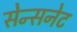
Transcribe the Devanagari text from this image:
सेन्सनेट